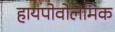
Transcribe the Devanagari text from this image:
हायपोवोलेमिक